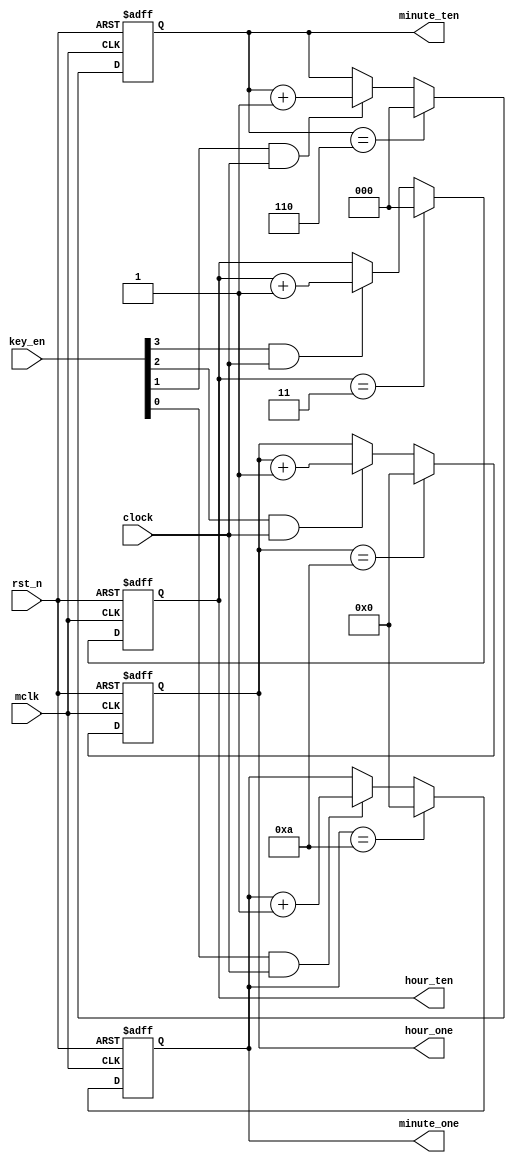
`timescale 1ns / 1ps
//////////////////////////////////////////////////////////////////////////////////
// Company: 
// Engineer: 
// 
// Design Name: 
// Module Name:    clock 
// Project Name: 
// Target Devices: 
// Tool versions: 
// Description: 
//
// Dependencies: 
//
// Revision: 
// Revision 0.01 - File Created
// Additional Comments: 
//
//////////////////////////////////////////////////////////////////////////////////
module clock_set(
			input mclk,
			input rst_n,
			input clock,
			input [3:0] key_en,
			output reg [2:0] hour_ten,
			output reg [3:0] hour_one,
			output reg [2:0] minute_ten,
			output reg [3:0] minute_one
    );
    
   	always @(posedge mclk or negedge rst_n)
		begin
			if(!rst_n)
				hour_ten <= 3'b0;
		  else if(hour_ten == 3)
				hour_ten <= 3'b0;
			else if(key_en[3] == 1 && clock)
				hour_ten <= hour_ten + 1'b1;
			else 
				hour_ten <= hour_ten;
			end
		
		always @(posedge mclk or negedge rst_n)
		begin
			if(!rst_n)
				hour_one <= 4'b0;
			else if(hour_one == 10)
				hour_one <= 4'b0;
			else if(key_en[2] == 1 && clock)
				hour_one <= hour_one + 1'b1;
			else 
				hour_one <= hour_one;
			end
		
		always @(posedge mclk or negedge rst_n)
		begin
			if(!rst_n)
				minute_ten <= 3'b0;
			else if(minute_ten == 6)
				minute_ten <= 3'b0;
			else if(key_en[1] == 1 && clock)
				minute_ten <= minute_ten + 1'b1;
			else 
				minute_ten <= minute_ten;
			end
		
		always @(posedge mclk or negedge rst_n)
		begin
			if(!rst_n)
				minute_one <= 4'b0;
			else if(minute_one == 10)
				minute_one <= 4'b0;
			else if(key_en[0] == 1 && clock)
				minute_one <= minute_one + 1'b1;
			else 
				minute_one <= minute_one;
			end

endmodule